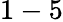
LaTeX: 1-5